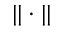
| | \cdot | |